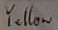
Text: Yellow